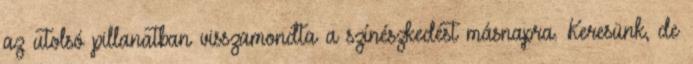
az utolsó pillanatban visszamondta a színészkedést másnapra. Keresünk, de